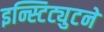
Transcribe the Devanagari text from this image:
इन्स्टिट्युटने